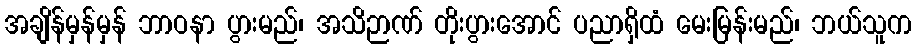
အချိန်မှန်မှန် ဘာဝနာ ပွားမည်၊ အသိဉာဏ် တိုးပွားအောင် ပညာရှိထံ မေးမြန်းမည်၊ ဘယ်သူက